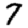
Digit: 7